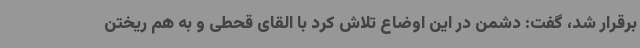
برقرار شد، گفت: دشمن در این اوضاع تلاش کرد با القای قحطی و به هم ریختن